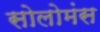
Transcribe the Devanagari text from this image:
सोलोमंस